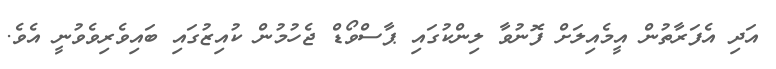
އަދި އެފަރާތުން އީމެއިލަށް ފޮނުވާ ލިންކުގައި ޕާސްވޯޑް ޖެހުމުން ކުއިޒުގައި ބައިވެރިވެވުނީ އެވެ.